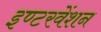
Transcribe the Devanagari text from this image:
इण्टरवेंशन